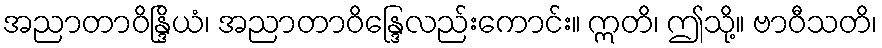
အညာတာဝိန္ဒြိယံ၊ အညာတာဝိန္ဒြေလည်းကောင်း။ ဣတိ၊ ဤသို့။ ဗာဝီသတိ၊